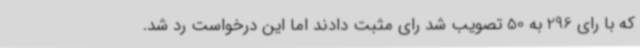
که با رای 296 به 50 تصویب شد رای مثبت دادند اما این درخواست رد شد.